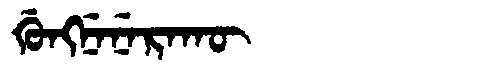
Manchu: ᡤᡠᠩᠨᡝᠨᡝᡵᠠᡴᡡ
Romanization: GUNGNENERAKŪ